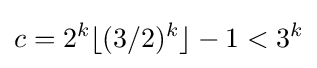
c=2^{k}\lfloor (3/2)^{k}\rfloor -1<3^{k}